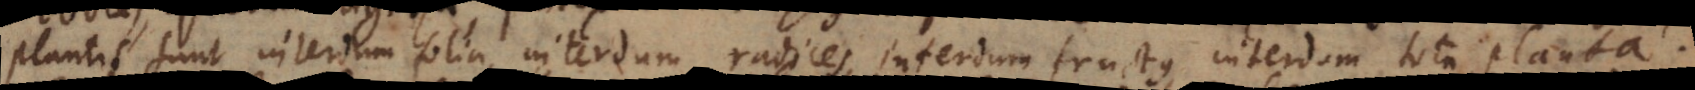
plantis sunt interdum folia, interdum radices, interdum fructus, interdum tota planta.